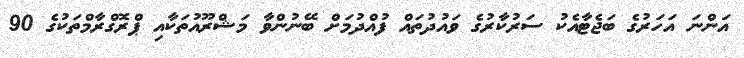
އަންނަ އަހަރުގެ ބަޖެޓާއެކު ސަރުކާރުގެ ވައުދުތައް ފުއްދުމަށް ބޭނުންވާ މަޝްރޫއުތަކާއި ޕްރޮގްރާމްތަކުގެ 90